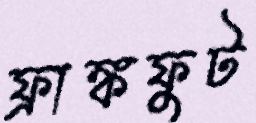
ফ্রাঙ্কফুট